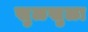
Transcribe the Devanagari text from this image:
खुळखुळा